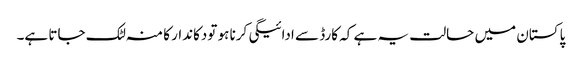
پاکستان میں حالت یہ ہے کہ کارڈ سے ادائیگی کرنا ہو تودکاندار کا منہ لٹک جاتا ہے۔